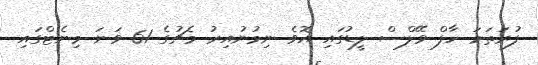
ފުރަތަމަ ހާފް ވޭލްސް ލީޑުގައި އޮވެ ނިމުނުއިރު މެޗުގެ 61 ވަނަ މިނެޓްގައި